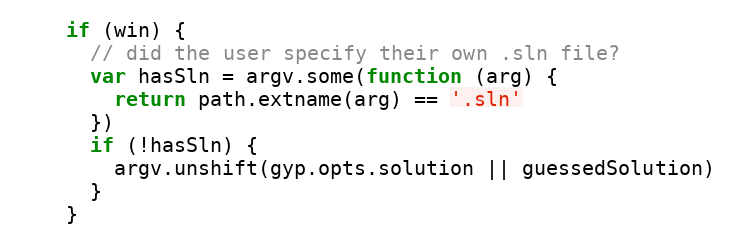
Language: JavaScript
    if (win) {
      // did the user specify their own .sln file?
      var hasSln = argv.some(function (arg) {
        return path.extname(arg) == '.sln'
      })
      if (!hasSln) {
        argv.unshift(gyp.opts.solution || guessedSolution)
      }
    }